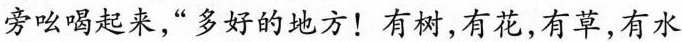
旁吆喝起来，“多好的地方！有树，有花，有草，有水